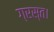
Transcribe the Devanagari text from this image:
ग्रस्त।